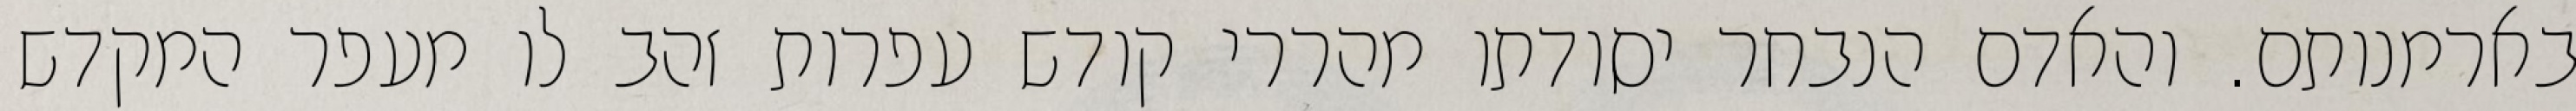
בארמנותם. והאדם הנבחר יסודתו מהררי קודש עפרות זהב לו מעפר המקדש